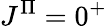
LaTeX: J^{\Pi}=0^{+}